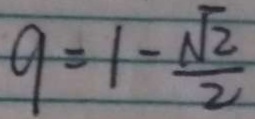
9 = 1 - \frac { \sqrt { 2 } } { 2 }